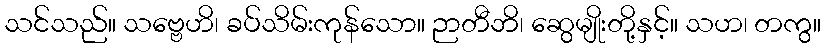
သင်သည်။ သဗ္ဗေဟိ၊ ခပ်သိမ်းကုန်သော။ ဉာတီဘိ၊ ဆွေမျိုးတို့နှင့်။ သဟ၊ တကွ။